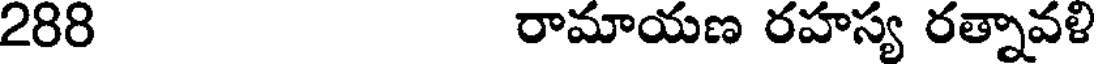
288 రామాయణ రహస్య రత్నావళి